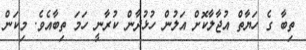
ތިބާ ގެ ހަޔާތް އުޖާލާކޮށް އަލުން ހުޅުދާން ކުރާނީ ހަމަ ތިބާއެވެ. މިކަން